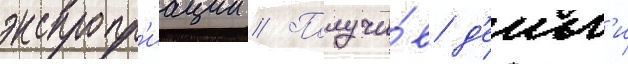
экспропр'иации // Получи́в д'еньг'и